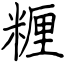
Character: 糎